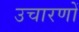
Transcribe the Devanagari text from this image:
उचारणों